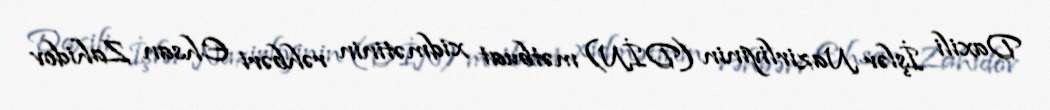
Daxili İşlər Nazirliyinin (DİN) mətbuat xidmətinin rəhbəri Ehsan Zahidov